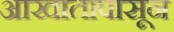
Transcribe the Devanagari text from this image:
आखातापासून